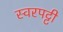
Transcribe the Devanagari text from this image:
स्वरपट्टी